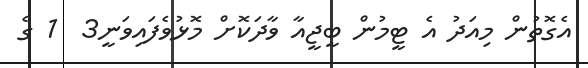
އެގޮތުން މިއަދު އެ ޓީމުން ބީޖީއާ ވާދަކޮށް މޮޅުވެފައިވަނީ3  1 ގެ